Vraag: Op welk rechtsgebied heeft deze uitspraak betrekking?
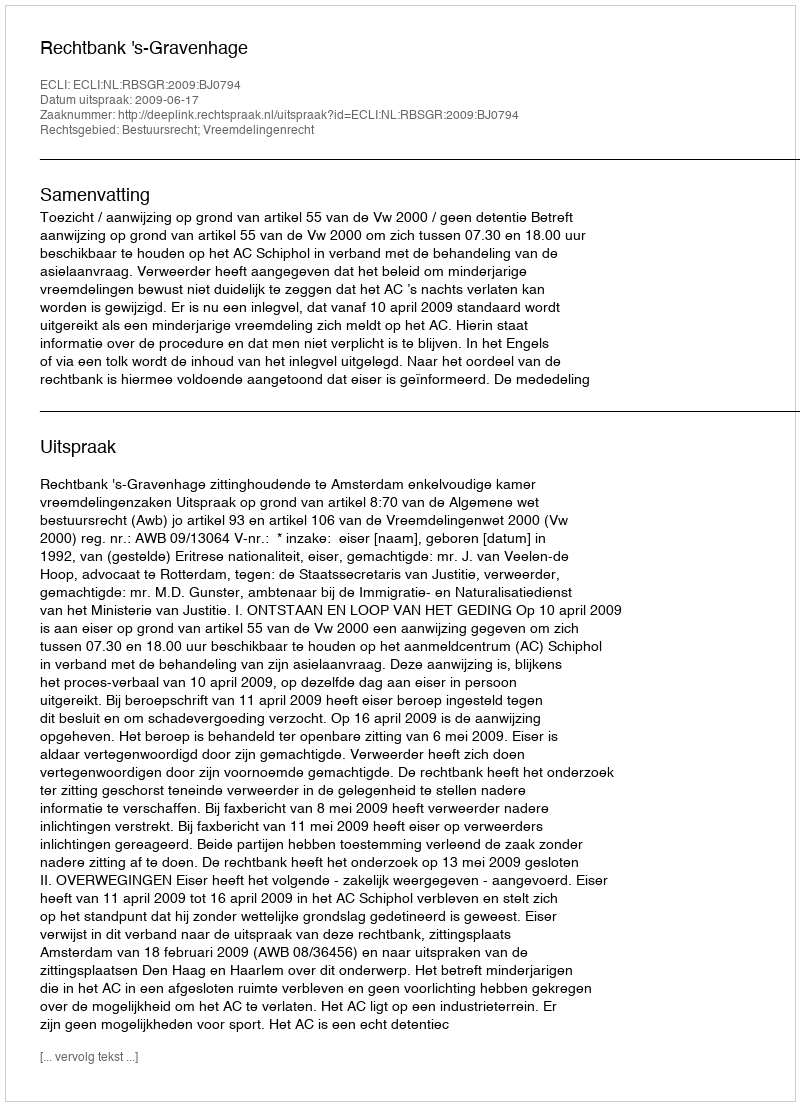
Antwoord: Bestuursrecht; Vreemdelingenrecht